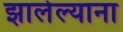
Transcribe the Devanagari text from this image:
झालेल्याना